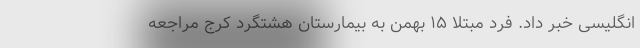
انگلیسی خبر داد. فرد مبتلا ۱۵ بهمن به بیمارستان هشتگرد کرج مراجعه